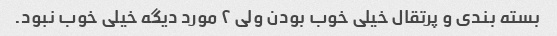
بسته بندی و پرتقال خیلی خوب بودن ولی ۲ مورد دیگه خیلی خوب نبود.